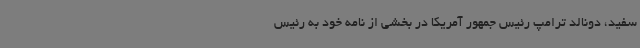
سفید، دونالد ترامپ رئیس جمهور آمریکا در بخشی از نامه‌ خود به رئیس